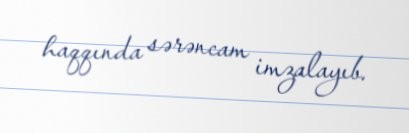
haqqında sərəncam imzalayıb.